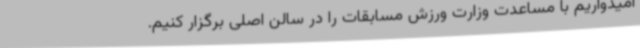
امیدواریم با مساعدت وزارت ورزش مسابقات را در سالن اصلی برگزار کنیم.